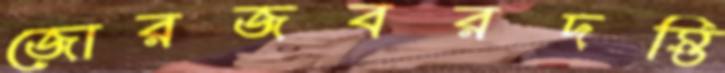
জোরজবরদস্তি